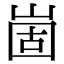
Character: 崮